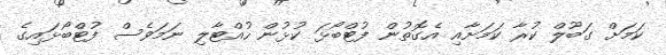
ކަމަށް ގަބޫލް ކުރާ ކަމަށާއި އެގޮތުން ފުޓްބޯޅަ ކުޅުން ހުއްޓާލި ނަމަވެސް ފުޓްބޯޅައިގެ